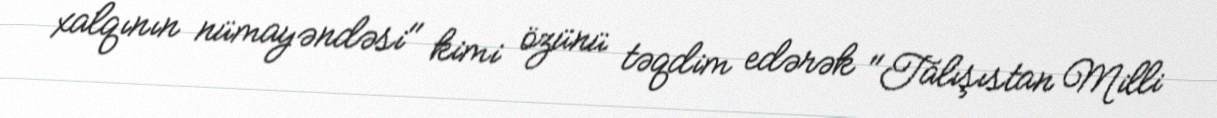
xalqının nümayəndəsi" kimi özünü təqdim edərək "Talışıstan Milli